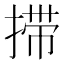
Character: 𰔇